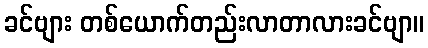
ခင်ဗျား တစ်ယောက်တည်းလာတာလားခင်ဗျာ။